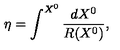
\eta = \int ^ { X ^ { 0 } } \frac { d X ^ { 0 } } { R ( X ^ { 0 } ) } ,